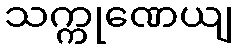
သက္ကုဏေယျ